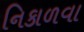
નિકાળવા